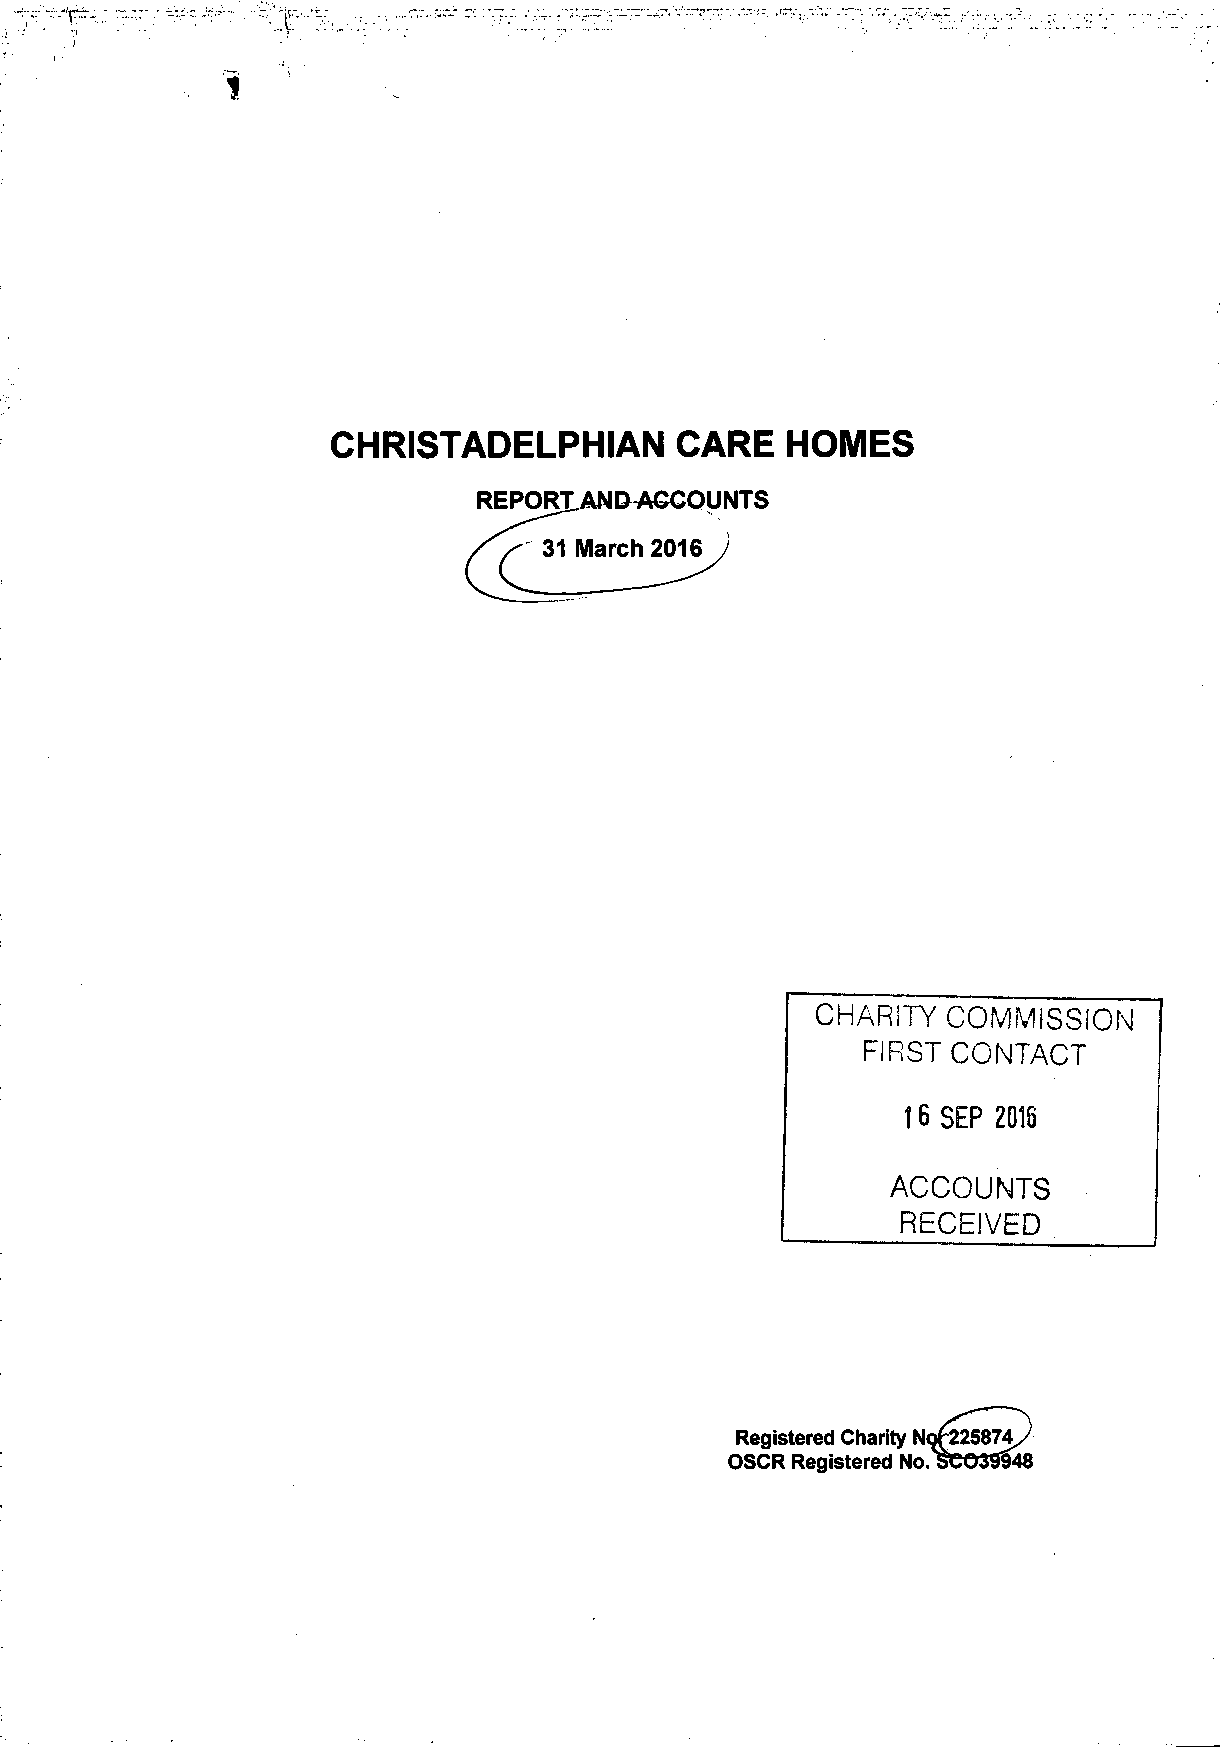
CHRISTADELPHIAN        CARE   HOMES
 REPORLAND^GCOUNTS
 31 March 2016
 c
 CHARITY  COMMISSION
 FIRST CONTACT
 16 SEP 2016
 ACCOUNTS
 RECEIVED
 Registered Charity Nof225874/
 OSCR Registered No. SC03SM8